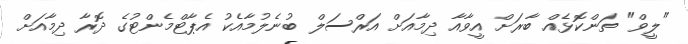
"ލީވް" ތަންކޮޅެއް ބާރަށް އީވާއާ ދިމާއަށް އަރްސަލް ބުނެލުމާއެކު އެޕާޓްމެންޓުގެ ދޮރާ ދިމާއަށް